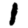
Digit: 1